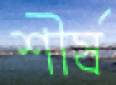
শীর্ষ